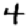
Digit: 4